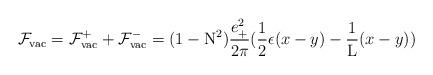
LaTeX: \begin{align*}{\cal F}_{\rm vac} = {\cal F}_{\rm vac}^{+} + {\cal F}_{\rm vac}^{-}=(1-{\rm N}^2) \frac{e_{+}^2}{2\pi} (\frac{1}{2} \epsilon(x-y) -\frac{1}{\rm L} (x-y))\end{align*}